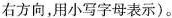
右方向，用小写字母表示)。